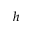
h